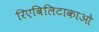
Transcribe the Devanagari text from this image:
रिएबिलिटाकाओ